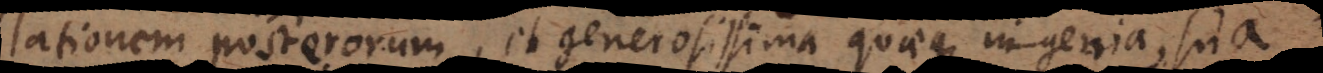
lationem posterorum, et generosissima quaeque ingenia, sua